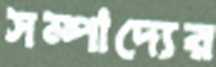
সম্পাদ্যের